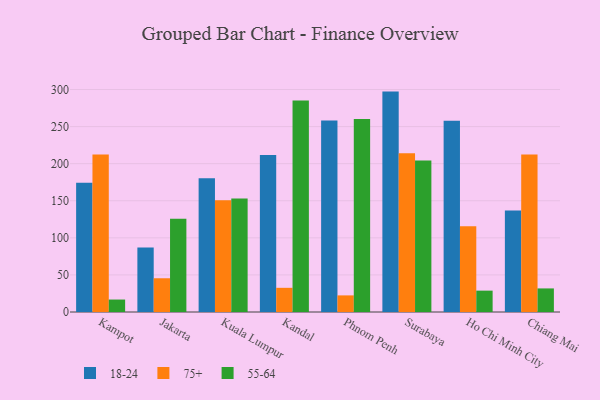
{"axis": {"x": "City", "y": "Budget (USD K)"}, "legend": ["18-24", "55-64", "75+"], "data": [{"x": "Kampot", "y": 174.2, "type": "18-24"}, {"x": "Kampot", "y": 212.4, "type": "75+"}, {"x": "Kampot", "y": 16.8, "type": "55-64"}, {"x": "Jakarta", "y": 87.0, "type": "18-24"}, {"x": "Jakarta", "y": 45.5, "type": "75+"}, {"x": "Jakarta", "y": 125.7, "type": "55-64"}, {"x": "Kuala Lumpur", "y": 180.4, "type": "18-24"}, {"x": "Kuala Lumpur", "y": 150.8, "type": "75+"}, {"x": "Kuala Lumpur", "y": 153.2, "type": "55-64"}, {"x": "Kandal", "y": 211.8, "type": "18-24"}, {"x": "Kandal", "y": 32.6, "type": "75+"}, {"x": "Kandal", "y": 285.2, "type": "55-64"}, {"x": "Phnom Penh", "y": 258.2, "type": "18-24"}, {"x": "Phnom Penh", "y": 22.4, "type": "75+"}, {"x": "Phnom Penh", "y": 260.3, "type": "55-64"}, {"x": "Surabaya", "y": 297.2, "type": "18-24"}, {"x": "Surabaya", "y": 214.0, "type": "75+"}, {"x": "Surabaya", "y": 204.3, "type": "55-64"}, {"x": "Ho Chi Minh City", "y": 257.9, "type": "18-24"}, {"x": "Ho Chi Minh City", "y": 115.7, "type": "75+"}, {"x": "Ho Chi Minh City", "y": 28.8, "type": "55-64"}, {"x": "Chiang Mai", "y": 136.9, "type": "18-24"}, {"x": "Chiang Mai", "y": 212.5, "type": "75+"}, {"x": "Chiang Mai", "y": 31.8, "type": "55-64"}]}